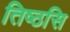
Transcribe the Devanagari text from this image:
तिष्ठसि